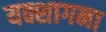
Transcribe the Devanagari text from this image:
यक्शागना